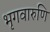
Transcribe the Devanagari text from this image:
भृगवारुणि